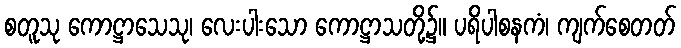
စတူသု ကောဋ္ဌာသေသု၊ လေးပါးသော ကောဋ္ဌာသတို့၌။ ပရိပါစနကံ၊ ကျက်စေတတ်